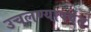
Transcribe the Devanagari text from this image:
उचलण्यापर्यंत